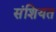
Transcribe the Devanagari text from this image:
संशियत